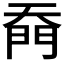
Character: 𭑙